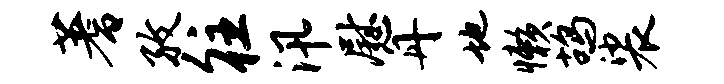
蓍孜往汛慰丹地懒鸪裟